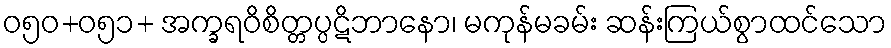
ဝ၅၀+ဝ၅၁+ အက္ခရဝိစိတ္တပ္ပဋိဘာနော၊ မကုန်မခမ်း ဆန်းကြယ်စွာထင်သော